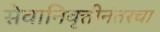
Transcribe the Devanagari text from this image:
सेवानिवृत्तीनंतरचा